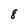
Character: 8